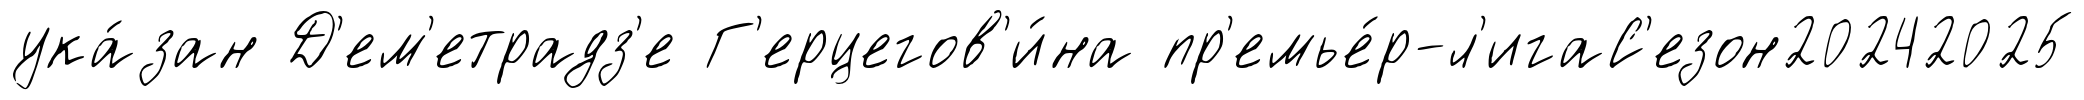
ука́зан Д'ем'етрадз'е Г'ерцегов'и́на пр'емье́р-л'игаС'езон20242025